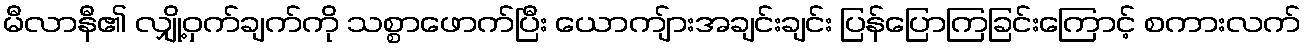
မီလာနီ၏ လျှို့ဝှက်ချက်ကို သစ္စာဖောက်ပြီး ယောကျ်ားအချင်းချင်း ပြန်ပြောကြခြင်းကြောင့် စကားလက်